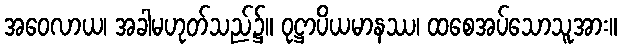
အဝေလာယ၊ အခါမဟုတ်သည်၌။ ဝုဋ္ဌာပိယမာနဿ၊ ထစေအပ်သောသူအား။